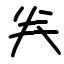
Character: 𠔉